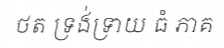
ថត ទ្រង់ទ្រាយ ធំ ភាគ